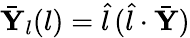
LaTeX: \bar{\mathbf{Y}}_{l}(l)=\hat{l}\, (\hat{l}\cdot\bar{\mathbf{Y}})